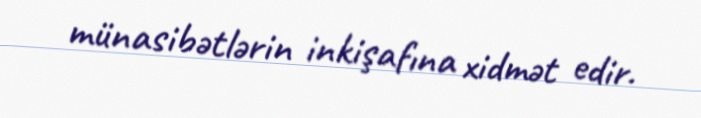
münasibətlərin inkişafına xidmət edir.